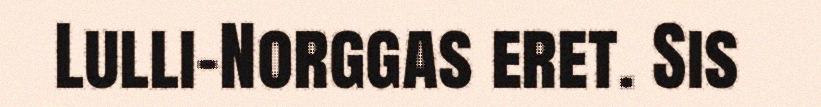
Lulli-Norggas eret. Sis